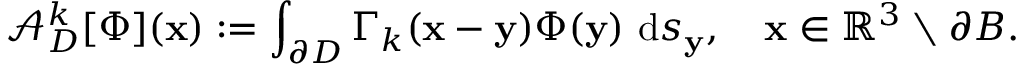
\displaystyle \mathcal { A } _ { D } ^ { k } [ \Phi ] ( \mathbf { x } ) : = \int _ { \partial D } \Gamma _ { k } ( \mathbf { x } - \mathbf { y } ) \Phi ( \mathbf { y } ) ~ \mathrm { d } s _ { \mathbf { y } } , \quad \mathbf { x } \in \mathbb { R } ^ { 3 } \setminus \partial B .